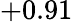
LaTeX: +0.91